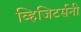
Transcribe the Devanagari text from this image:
व्हिजिटर्सनी